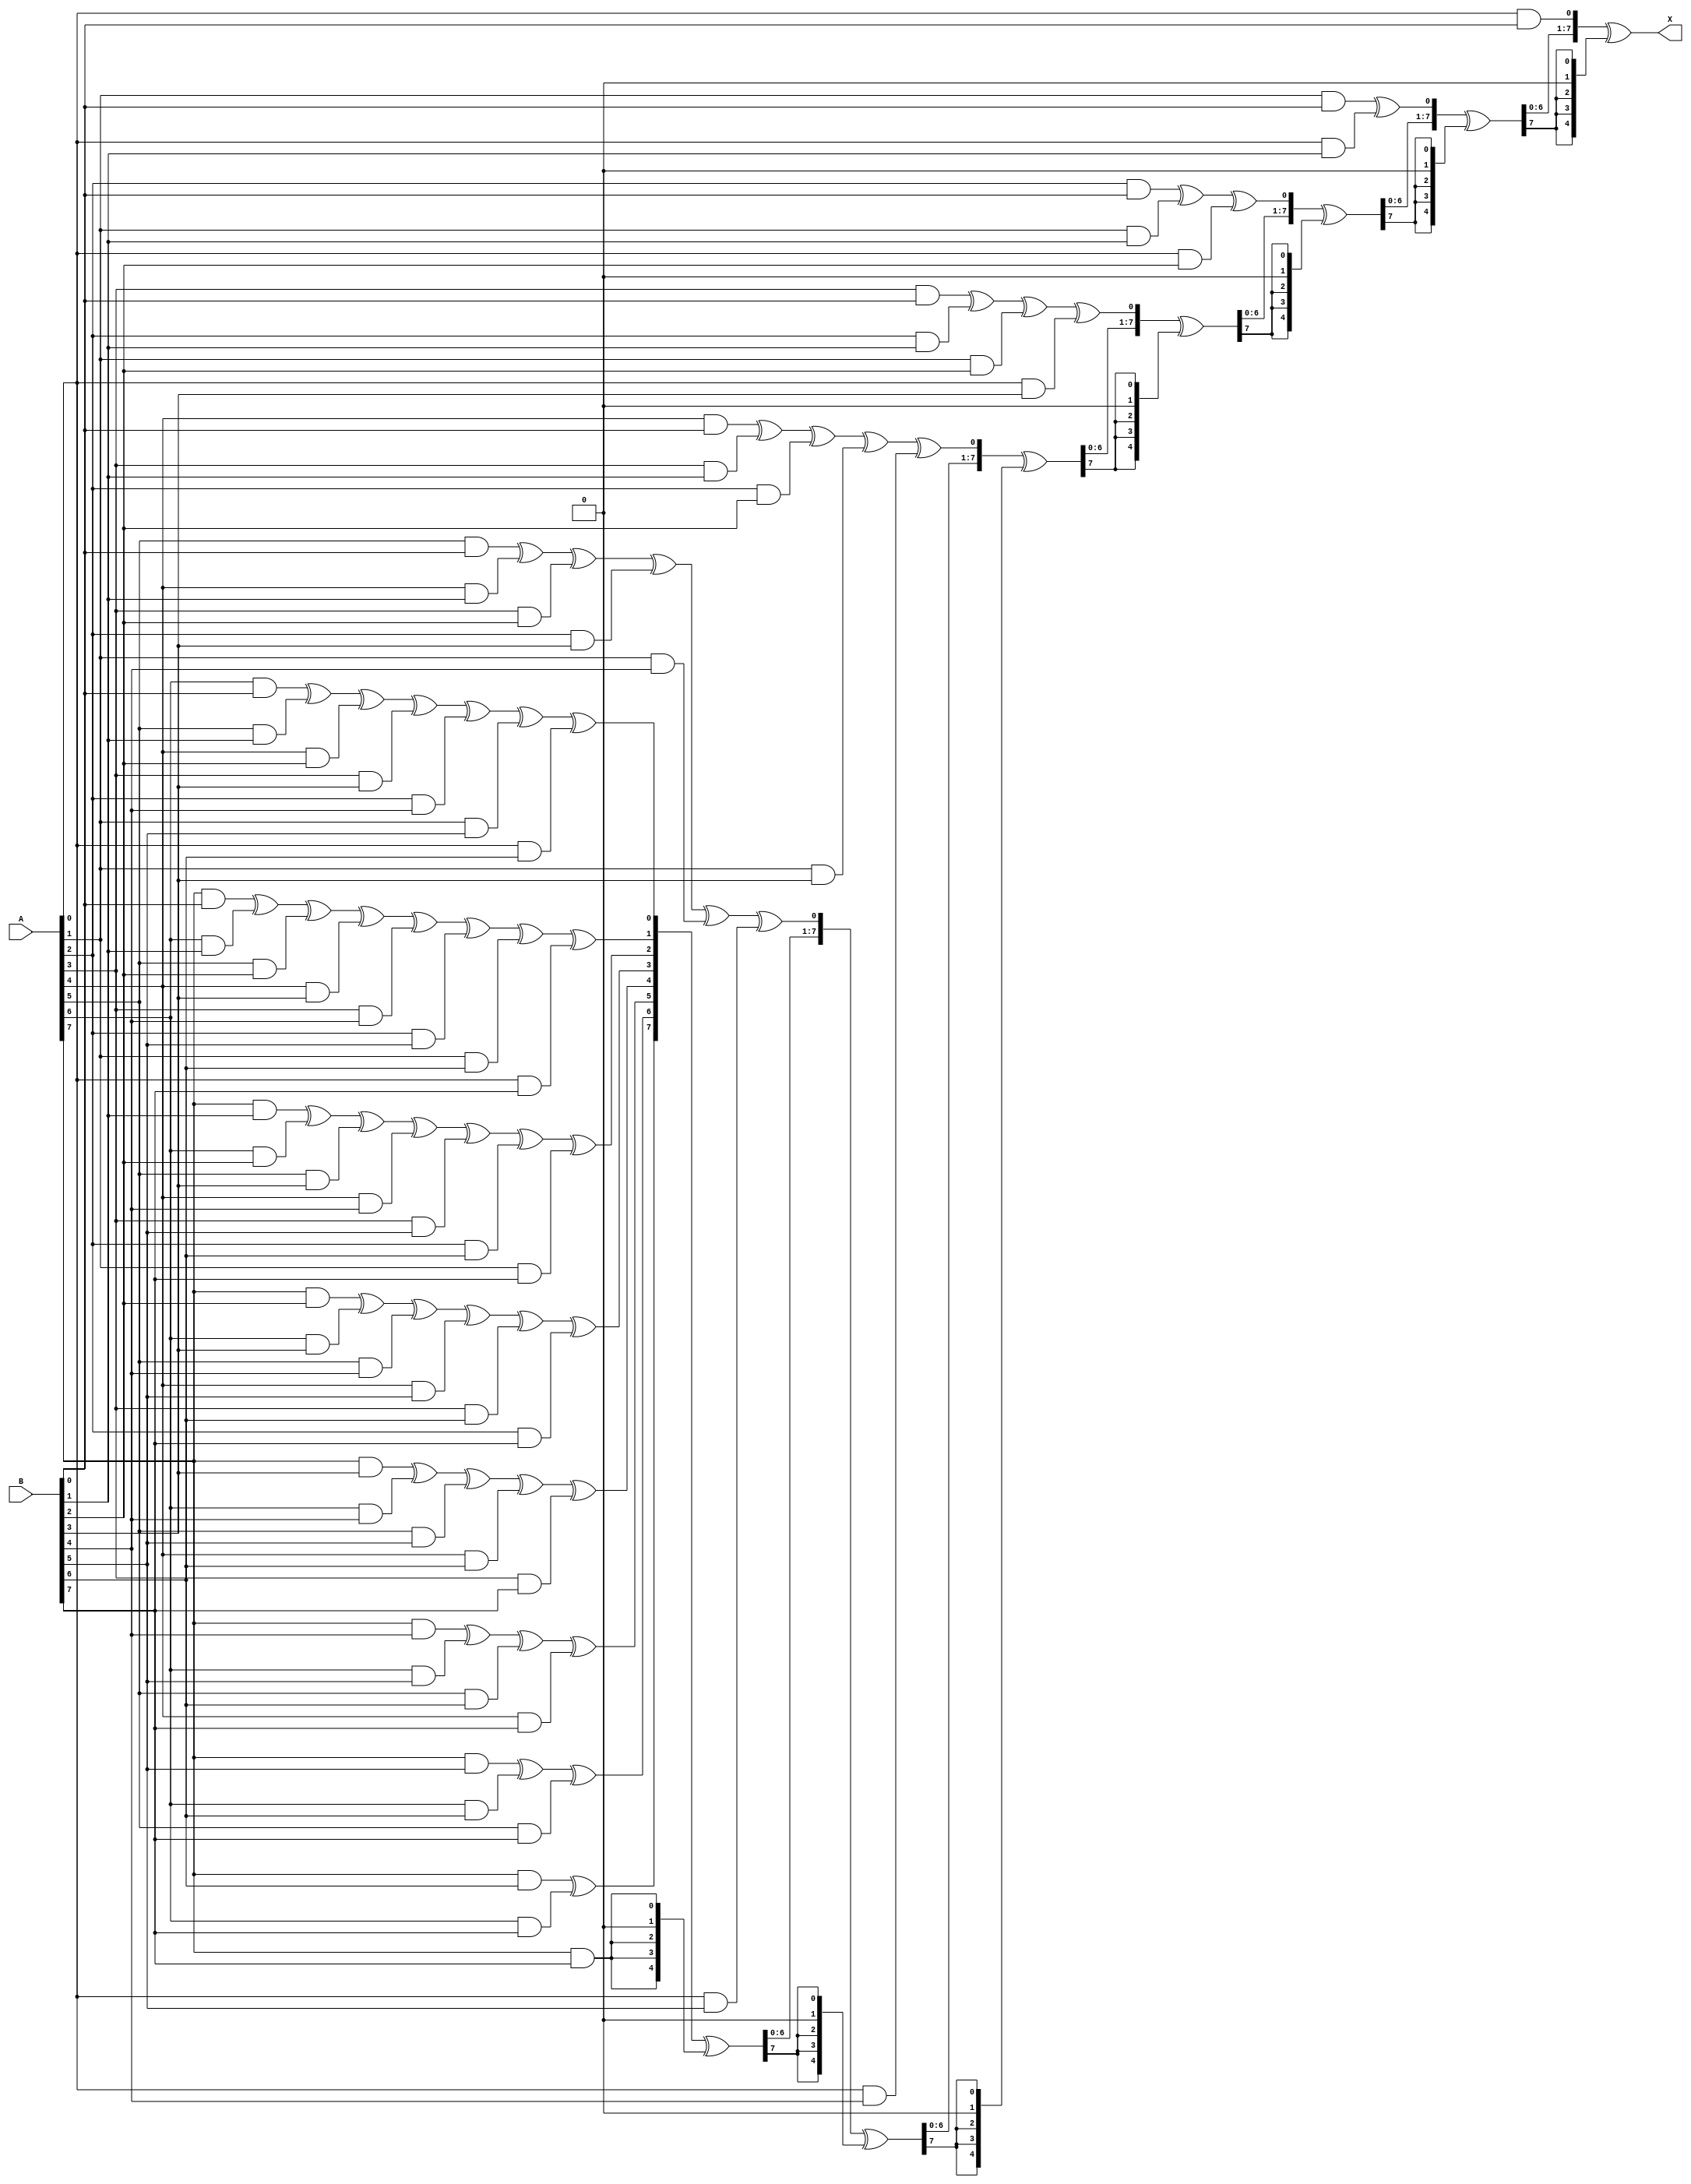
// GF(256) multiplier
// Source: https://github.com/winsonbook/Reed-Solomon-/blob/master/multiply.v
// Vladislav Knyazkov, October 2023

module gf256_mult(
    input [7:0] A,
    input [7:0] B,

    output [7:0] X
);

wire [14:0] z;
assign z[0] = (A[0]&B[0]);
assign z[1] = (A[1]&B[0])^(A[0]&B[1]);
assign z[2] = (A[2]&B[0])^(A[1]&B[1])^(A[0]&B[2]);
assign z[3] = (A[3]&B[0])^(A[2]&B[1])^(A[1]&B[2])^(A[0]&B[3]);
assign z[4] = (A[4]&B[0])^(A[3]&B[1])^(A[2]&B[2])^(A[1]&B[3])^(A[0]&B[4]);
assign z[5] = (A[5]&B[0])^(A[4]&B[1])^(A[3]&B[2])^(A[2]&B[3])^(A[1]&B[4])^(A[0]&B[5]);
assign z[6] = (A[6]&B[0])^(A[5]&B[1])^(A[4]&B[2])^(A[3]&B[3])^(A[2]&B[4])^(A[1]&B[5])^(A[0]&B[6]);
assign z[7] = (A[7]&B[0])^(A[6]&B[1])^(A[5]&B[2])^(A[4]&B[3])^(A[3]&B[4])^(A[2]&B[5])^(A[1]&B[6])^(A[0]&B[7]);
assign z[8] = (A[7]&B[1])^(A[6]&B[2])^(A[5]&B[3])^(A[4]&B[4])^(A[3]&B[5])^(A[2]&B[6])^(A[1]&B[7]);
assign z[9] = (A[7]&B[2])^(A[6]&B[3])^(A[5]&B[4])^(A[4]&B[5])^(A[3]&B[6])^(A[2]&B[7]);
assign z[10]= (A[7]&B[3])^(A[6]&B[4])^(A[5]&B[5])^(A[4]&B[6])^(A[3]&B[7]);
assign z[11]= (A[7]&B[4])^(A[6]&B[5])^(A[5]&B[6])^(A[4]&B[7]);
assign z[12]= (A[7]&B[5])^(A[6]&B[6])^(A[5]&B[7]);
assign z[13]= (A[7]&B[6])^(A[6]&B[7]);
assign z[14]= (A[7]&B[7]);

wire [8:0] poly = 9'b100011101;

wire [8:0] D1 = {z[14],z[13],z[12],z[11],z[10],z[9],z[8],z[7],z[6]};
wire [8:0] and1 = {D1[8]&poly[8],D1[8]&poly[7],D1[8]&poly[6],D1[8]&poly[5],D1[8]&poly[4],D1[8]&poly[3],D1[8]&poly[2],D1[8]&poly[1],D1[8]&poly[0]};
wire [8:0] MUX1 = D1^and1;

wire [8:0] D2 = {MUX1[7],MUX1[6],MUX1[5],MUX1[4],MUX1[3],MUX1[2],MUX1[1],MUX1[0],z[5]};
wire [8:0] and2 = {D2[8]&poly[8],D2[8]&poly[7],D2[8]&poly[6],D2[8]&poly[5],D2[8]&poly[4],D2[8]&poly[3],D2[8]&poly[2],D2[8]&poly[1],D2[8]&poly[0]};
wire [8:0] MUX2 = D2^and2;

wire [8:0] D3 = {MUX2[7],MUX2[6],MUX2[5],MUX2[4],MUX2[3],MUX2[2],MUX2[1],MUX2[0],z[4]};
wire [8:0] and3 = {D3[8]&poly[8],D3[8]&poly[7],D3[8]&poly[6],D3[8]&poly[5],D3[8]&poly[4],D3[8]&poly[3],D3[8]&poly[2],D3[8]&poly[1],D3[8]&poly[0]};
wire [8:0] MUX3 = D3^and3;

wire [8:0] D4 = {MUX3[7],MUX3[6],MUX3[5],MUX3[4],MUX3[3],MUX3[2],MUX3[1],MUX3[0],z[3]};
wire [8:0] and4 = {D4[8]&poly[8],D4[8]&poly[7],D4[8]&poly[6],D4[8]&poly[5],D4[8]&poly[4],D4[8]&poly[3],D4[8]&poly[2],D4[8]&poly[1],D4[8]&poly[0]};
wire [8:0] MUX4 = D4^and4;

wire [8:0] D5 = {MUX4[7],MUX4[6],MUX4[5],MUX4[4],MUX4[3],MUX4[2],MUX4[1],MUX4[0],z[2]};
wire [8:0] and5 = {D5[8]&poly[8],D5[8]&poly[7],D5[8]&poly[6],D5[8]&poly[5],D5[8]&poly[4],D5[8]&poly[3],D5[8]&poly[2],D5[8]&poly[1],D5[8]&poly[0]};
wire [8:0] MUX5 = D5^and5;

wire [8:0] D6 = {MUX5[7],MUX5[6],MUX5[5],MUX5[4],MUX5[3],MUX5[2],MUX5[1],MUX5[0],z[1]};
wire [8:0] and6 = {D6[8]&poly[8],D6[8]&poly[7],D6[8]&poly[6],D6[8]&poly[5],D6[8]&poly[4],D6[8]&poly[3],D6[8]&poly[2],D6[8]&poly[1],D6[8]&poly[0]};
wire [8:0] MUX6 = D6^and6;

wire [8:0] D7 = {MUX6[7],MUX6[6],MUX6[5],MUX6[4],MUX6[3],MUX6[2],MUX6[1],MUX6[0],z[0]};
wire [8:0] and7 = {D7[8]&poly[8],D7[8]&poly[7],D7[8]&poly[6],D7[8]&poly[5],D7[8]&poly[4],D7[8]&poly[3],D7[8]&poly[2],D7[8]&poly[1],D7[8]&poly[0]};
wire [8:0] MUX7 = D7^and7;

assign X = MUX7[7:0];

endmodule